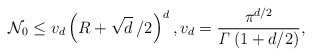
\begin{align*}\mathcal{N}_{0}\leq v_{d}\left( R+\sqrt{d}\left/ 2\right.\right) ^{d},v_{d}=\frac{\pi ^{d/2}}{{\it{\Gamma }}\left(1+d/2\right)}, \end{align*}